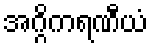
အဂ္ဂိကရဏီယံ